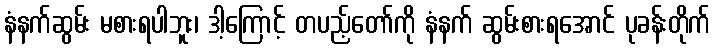
နံနက်ဆွမ်း မစားရပါဘူး၊ ဒါ့ကြောင့် တပည့်တော်ကို နံနက် ဆွမ်းစားရအောင် ပုခန်းတိုက်